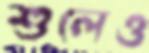
শুলেও